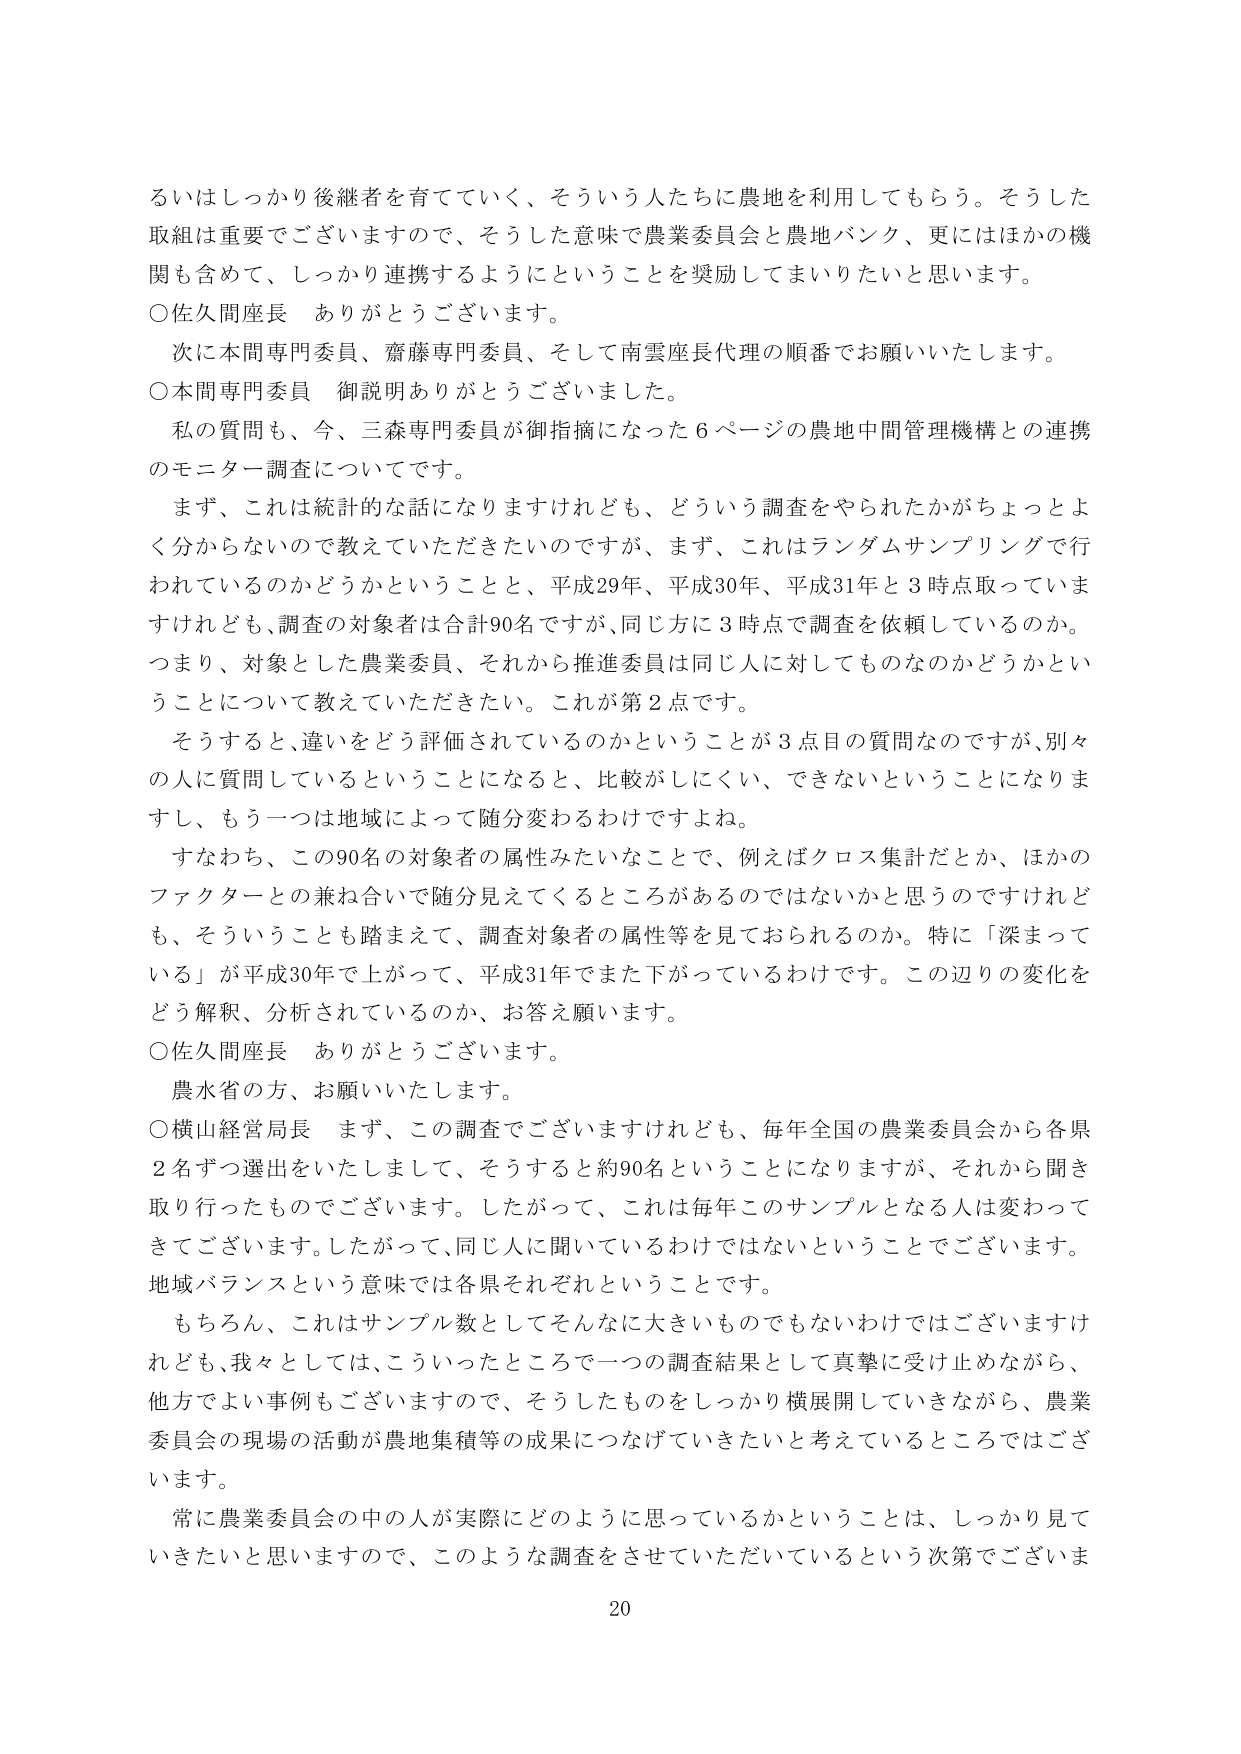
るいはしっかり後継者を育てていく、そういう人たちに農地を利用してもらう。そうした取組は重要でございますので、そうした意味で農業委員会と農地バンク、更にはほかの機関も含めて、しっかり連携するようにということを奨励してまいりたいと思います。

○佐久間座長　ありがとうございます。

次に本間専門委員、齋藤専門委員、そして南雲座長代理の順番でお願いいたします。

○本間専門委員　御説明ありがとうございました。

私の質問も、今、三森専門委員が御指摘になった６ページの農地中間管理機構との連携のモニター調査についてです。

まず、これは統計的な話になりますけれども、どういう調査をやられたかがちょっとよく分からないので教えていただきたいのですが、まず、これはランダムサンプリングで行われているのかどうかということと、平成29年、平成30年、平成31年と３時点取っていますけれども、調査の対象者は合計90名ですが、同じ方に３時点で調査を依頼しているのか。つまり、対象とした農業委員、それから推進委員は同じ人に対してものなのかどうかということについて教えていただきたい。これが第２点です。

そうすると、違いをどう評価されているのかということが３点目の質問なのですが、別々の人に質問しているということになると、比較がしにくい、できないということになりますし、もう一つは地域によって随分変わるわけですよね。

すなわち、この90名の対象者の属性みたいなことで、例えばクロス集計だとか、ほかのファクターとの兼ね合いで随分見えてくるところがあるのではないかと思うのですけれども、そういうことも踏まえて、調査対象者の属性等を見ておられるのか。特に「深まっている」が平成30年で上がって、平成31年でまた下がっているわけです。この辺りの変化をどう解釈、分析されているのか、お答え願います。

○佐久間座長　ありがとうございます。

農水省の方、お願いいたします。

○横山経営局長　まず、この調査でございますけれども、毎年全国の農業委員会から各県２名ずつ選出をいたしまして、そうすると約90名ということになりますが、それから聞き取り行ったものでございます。したがって、これは毎年このサンプルとなる人は変わってきてございます。したがって、同じ人に聞いているわけではないということでございます。地域バランスという意味では各県それぞれということです。

もちろん、これはサンプル数としてそんなに大きいものでもないわけではございますけれども、我々としては、こういったところで一つの調査結果として真摯に受け止めながら、他方でよい事例もございますので、そうしたものをしっかり横展開していきながら、農業委員会の現場の活動が農地集積等の成果につなげていきたいと考えているところではございます。

常に農業委員会の中の人が実際にどのように思っているかということは、しっかり見ていただきたいと思いますので、このような調査をさせていただいているという次第でございます。

20